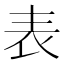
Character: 表